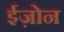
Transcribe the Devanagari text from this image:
ईज़ोन